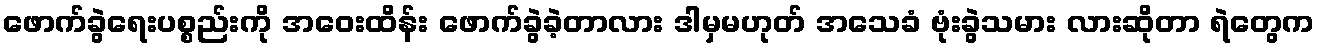
ဖောက်ခွဲရေးပစ္စည်းကို အဝေးထိန်း ဖောက်ခွဲခဲ့တာလား ဒါမှမဟုတ် အသေခံ ဗုံးခွဲသမား လားဆိုတာ ရဲတွေက